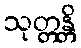
သုတ္တန္တိ